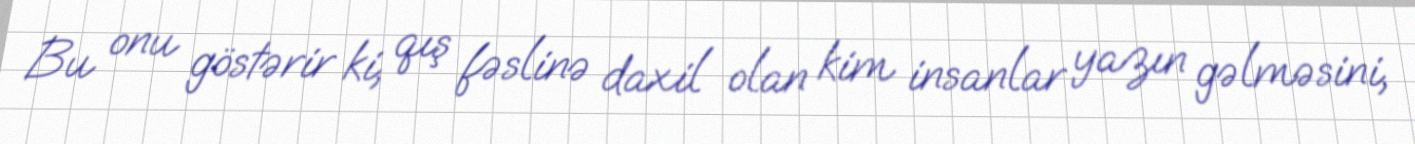
Bu onu göstərir ki, qış fəslinə daxil olan kim insanlar yazın gəlməsini,